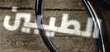
الطيبين